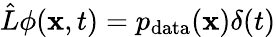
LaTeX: \hat{L}\phi(\mathbf{x},t)=p_{\mathrm{data}}(\mathbf{x})\delta(t)